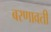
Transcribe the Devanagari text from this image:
बरणावती